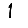
Digit: 1